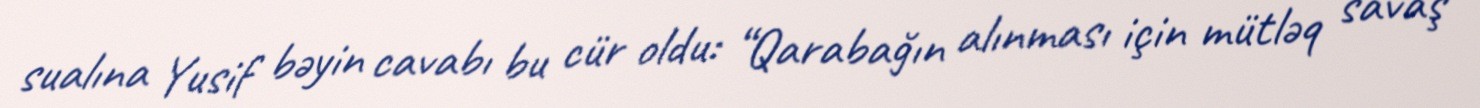
sualına Yusif bəyin cavabı bu cür oldu: “Qarabağın alınması için mütləq savaş